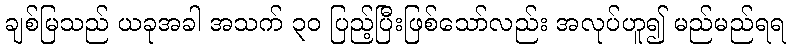
ချစ်မြသည် ယခုအခါ အသက် ၃၀ ပြည့်ပြီးဖြစ်သော်လည်း အလုပ်ဟူ၍ မည်မည်ရရ